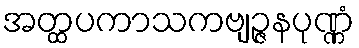
အတ္ထပကာသကဗျဉ္ဇနပုဏ္ဏံ